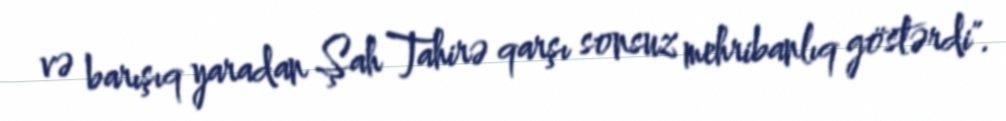
və barışıq yaradan Şah Tahirə qarşı sonsuz mehribanlıq göstərdi".